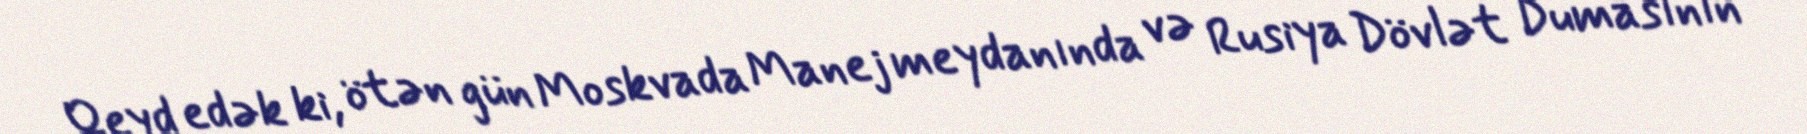
Qeyd edək ki, ötən gün Moskvada Manej meydanında və Rusiya Dövlət Dumasının